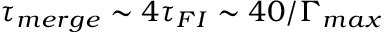
\tau _ { m e r g e } \sim 4 \tau _ { F I } \sim 4 0 / \Gamma _ { m a x }